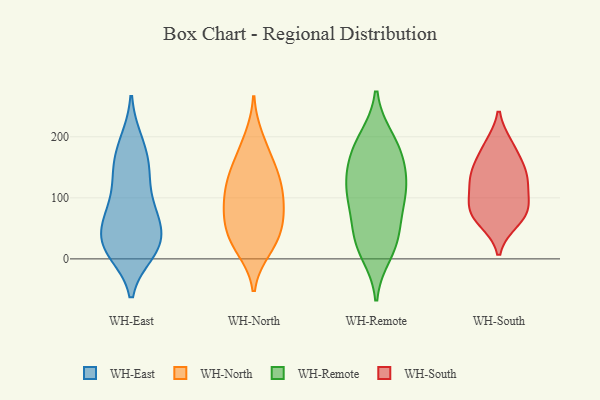
{"axis": {"x": "Population (Million)", "y": "Value"}, "legend": ["WH-East", "WH-North", "WH-Remote", "WH-South"], "data": [{"x": "", "y": 142, "type": "WH-East"}, {"x": "", "y": 141, "type": "WH-East"}, {"x": "", "y": 51, "type": "WH-East"}, {"x": "", "y": 19, "type": "WH-East"}, {"x": "", "y": 73, "type": "WH-East"}, {"x": "", "y": 193, "type": "WH-East"}, {"x": "", "y": 39, "type": "WH-East"}, {"x": "", "y": 23, "type": "WH-East"}, {"x": "", "y": 193, "type": "WH-East"}, {"x": "", "y": 14, "type": "WH-East"}, {"x": "", "y": 80, "type": "WH-East"}, {"x": "", "y": 66, "type": "WH-East"}, {"x": "", "y": 159, "type": "WH-East"}, {"x": "", "y": 148, "type": "WH-East"}, {"x": "", "y": 17, "type": "WH-East"}, {"x": "", "y": 72, "type": "WH-East"}, {"x": "", "y": 103, "type": "WH-East"}, {"x": "", "y": 21, "type": "WH-East"}, {"x": "", "y": 11, "type": "WH-East"}, {"x": "", "y": 146, "type": "WH-North"}, {"x": "", "y": 77, "type": "WH-North"}, {"x": "", "y": 112, "type": "WH-North"}, {"x": "", "y": 104, "type": "WH-North"}, {"x": "", "y": 16, "type": "WH-North"}, {"x": "", "y": 49, "type": "WH-North"}, {"x": "", "y": 135, "type": "WH-North"}, {"x": "", "y": 27, "type": "WH-North"}, {"x": "", "y": 25, "type": "WH-North"}, {"x": "", "y": 174, "type": "WH-North"}, {"x": "", "y": 136, "type": "WH-North"}, {"x": "", "y": 198, "type": "WH-North"}, {"x": "", "y": 71, "type": "WH-North"}, {"x": "", "y": 58, "type": "WH-North"}, {"x": "", "y": 94, "type": "WH-North"}, {"x": "", "y": 116, "type": "WH-Remote"}, {"x": "", "y": 31, "type": "WH-Remote"}, {"x": "", "y": 117, "type": "WH-Remote"}, {"x": "", "y": 196, "type": "WH-Remote"}, {"x": "", "y": 88, "type": "WH-Remote"}, {"x": "", "y": 151, "type": "WH-Remote"}, {"x": "", "y": 89, "type": "WH-Remote"}, {"x": "", "y": 34, "type": "WH-Remote"}, {"x": "", "y": 10, "type": "WH-Remote"}, {"x": "", "y": 192, "type": "WH-Remote"}, {"x": "", "y": 157, "type": "WH-Remote"}, {"x": "", "y": 34, "type": "WH-Remote"}, {"x": "", "y": 173, "type": "WH-Remote"}, {"x": "", "y": 111, "type": "WH-Remote"}, {"x": "", "y": 63, "type": "WH-South"}, {"x": "", "y": 85, "type": "WH-South"}, {"x": "", "y": 133, "type": "WH-South"}, {"x": "", "y": 77, "type": "WH-South"}, {"x": "", "y": 140, "type": "WH-South"}, {"x": "", "y": 180, "type": "WH-South"}, {"x": "", "y": 142, "type": "WH-South"}, {"x": "", "y": 125, "type": "WH-South"}, {"x": "", "y": 70, "type": "WH-South"}, {"x": "", "y": 95, "type": "WH-South"}, {"x": "", "y": 185, "type": "WH-South"}]}